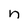
Character: n